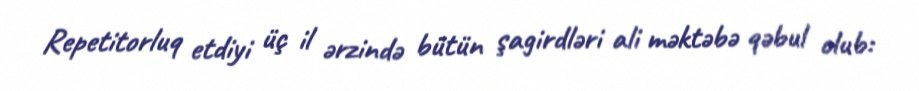
Repetitorluq etdiyi üç il ərzində bütün şagirdləri ali məktəbə qəbul olub: